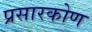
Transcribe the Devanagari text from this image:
प्रसारकोण